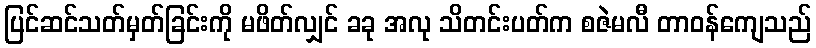
ပြင်ဆင်သတ်မှတ်ခြင်းကို မဖိတ်လျှင် ခခု အလု သိတင်းပတ်က စဇဲမလီ တာဝန်ကျေသည်